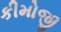
કીમોજી